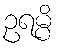
ဥရမ္ပိ